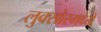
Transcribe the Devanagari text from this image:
लुक्सोरमध्ये